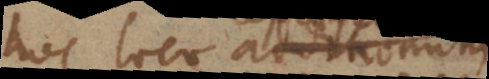
hoc loco additionum